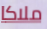
ملاكا